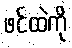
ဖင်ထဲကို